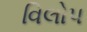
વિલોપ